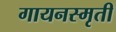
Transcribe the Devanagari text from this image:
गायनस्मृती